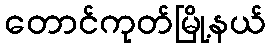
တောင်ကုတ်မြို့နယ်